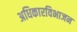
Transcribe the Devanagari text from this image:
अधिकारविभाजन